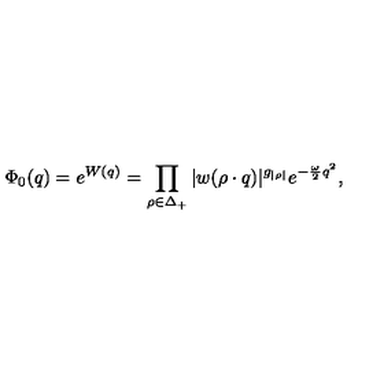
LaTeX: \Phi _ { 0 } ( q ) = e ^ { W ( q ) } = \prod _ { \rho \in \Delta _ { + } } | w ( \rho \cdot q ) | ^ { g _ { | \rho | } } e ^ { - { \frac { \omega } { 2 } } q ^ { 2 } } ,